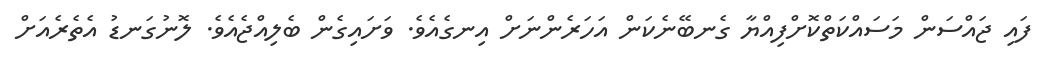
ފައި ޖައްސަން މަސައްކަތްކޮށްފިއްޔާ ގެނބޭނެކަން އަހަރެންނަށް އިނގެއެވެ. ވަށައިގެން ބެލިއްޖެއެެވެ. ލޮނުގަނޑު އެތެރެއަށް